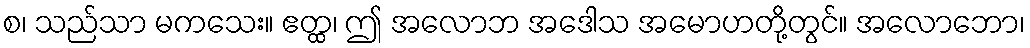
စ၊ သည်သာ မကသေး။ ဧတ္ထ၊ ဤ အလောဘ အဒေါသ အမောဟတို့တွင်။ အလောဘော၊